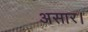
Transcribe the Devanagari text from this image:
असार।